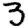
Digit: 3